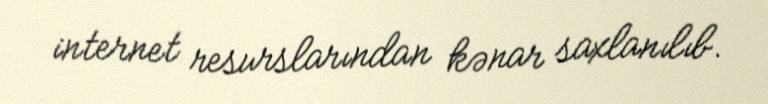
internet resurslarından kənar saxlanılıb.